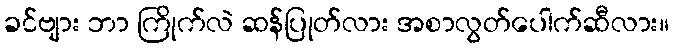
ခင်ဗျား ဘာ ကြိုက်လဲ ဆန်ပြုတ်လား အစာလွတ်ပေါက်ဆီလား။